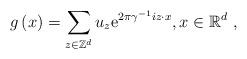
LaTeX: \begin{align*}g\left( x\right) =\sum_{z\in \mathbb{Z}^{d}}u_{z}\mathrm{e}^{2\pi \gamma^{-1}iz\cdot x},x\in \mathbb{R}^{d}\ , \end{align*}